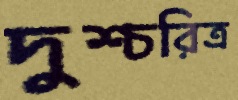
দুশ্চরিত্র